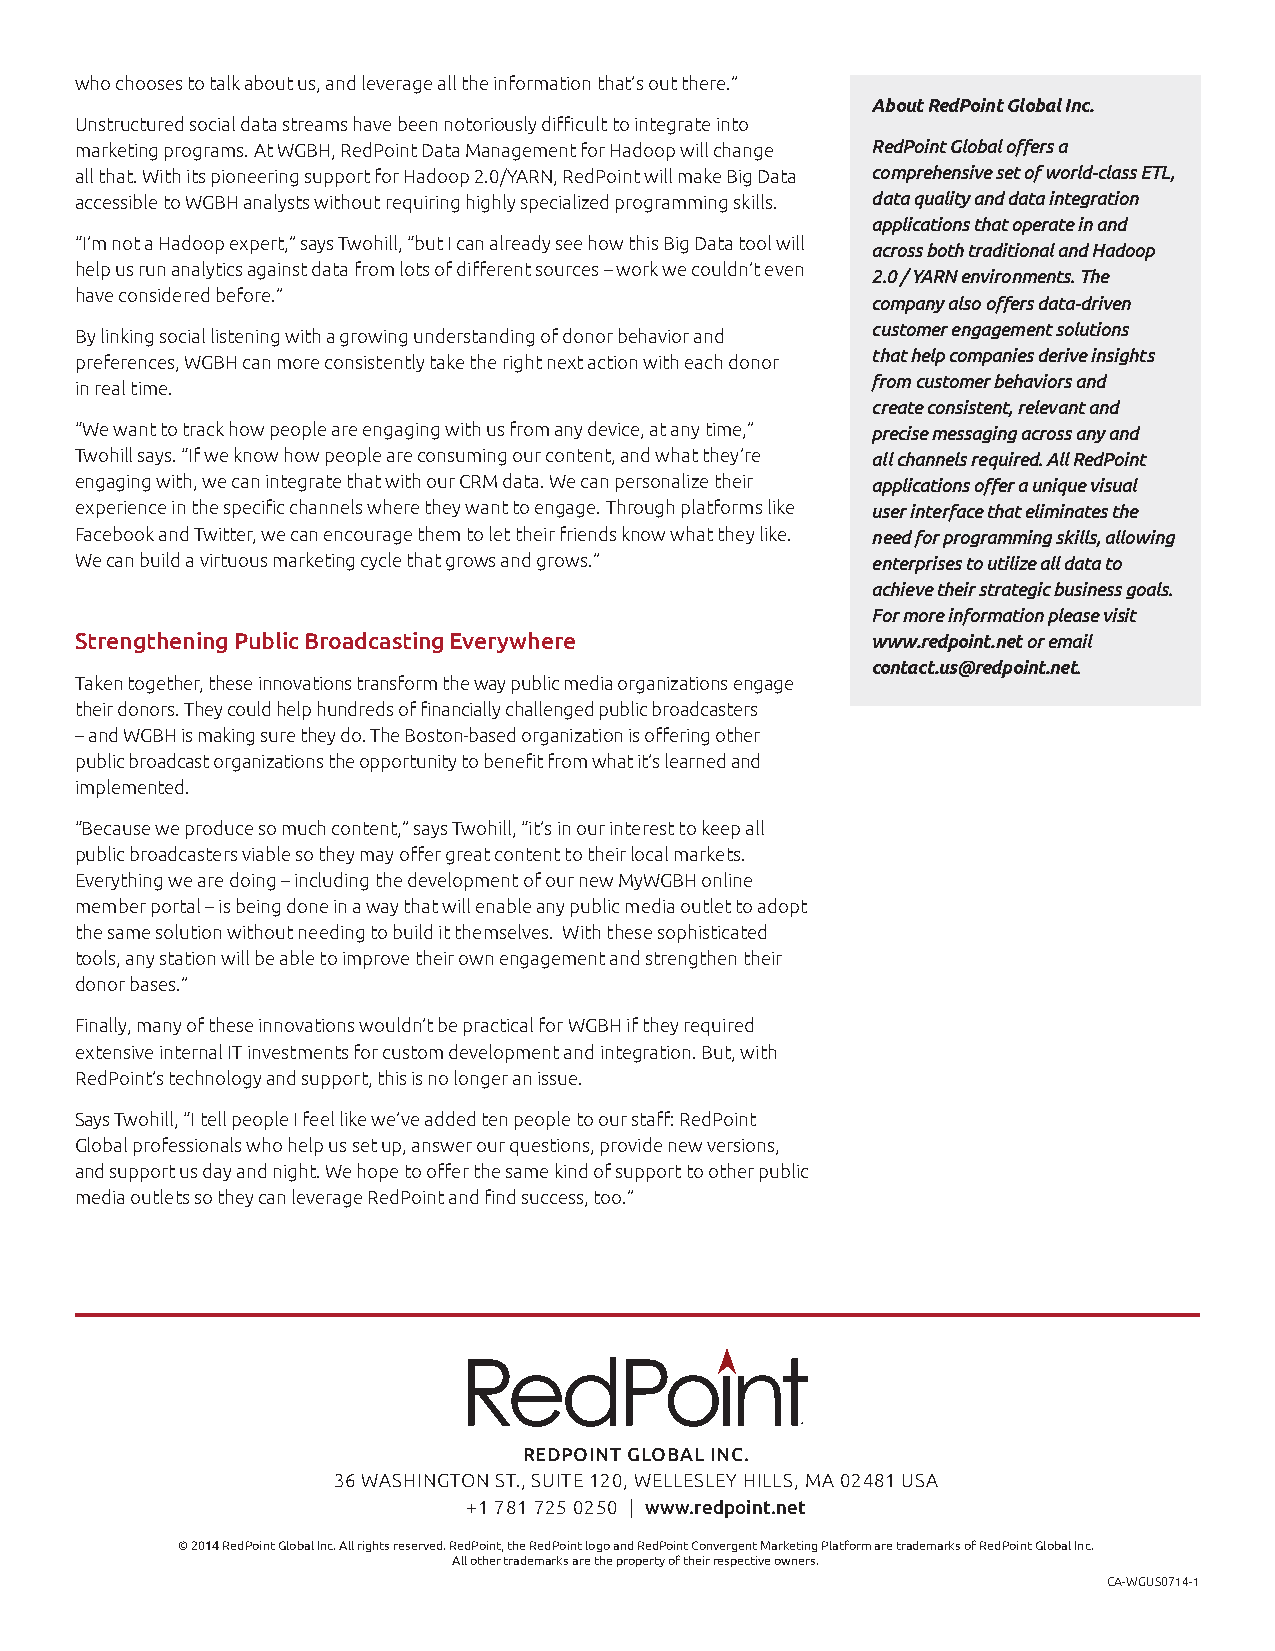
who chooses to talk about us, and leverage all the information that’s out there.”
 About RedPoint Global Inc.
 Unstructured social data streams have been notoriously difficult to integrate into
 marketing programs. At WGBH, RedPoint Data Management for Hadoop will change RedPoint Global offers a
 all that. With its pioneering support for Hadoop 2.0/YARN, RedPoint will make Big Data comprehensive set of world-class ETL,
 accessible to WGBH analysts without requiring highly specialized programming skills. data quality and data integration
 applications that operate in and
 “I’m not a Hadoop expert,” says Twohill, “but I can already see how this Big Data tool will
 across both traditional and Hadoop
 help us run analytics against data from lots of different sources – work we couldn’t even
 2.0 / YARN environments. The
 have considered before.”
 company also offers data-driven
 customer engagement solutions
 By linking social listening with a growing understanding of donor behavior and
 that help companies derive insights
 preferences, WGBH can more consistently take the right next action with each donor
 from customer behaviors and
 in real time.
 create consistent, relevant and
 “We want to track how people are engaging with us from any device, at any time,” precise messaging across any and
 Twohill says. “If we know how people are consuming our content, and what they’re all channels required. All RedPoint
 engaging with, we can integrate that with our CRM data. We can personalize their applications offer a unique visual
 experience in the specific channels where they want to engage. Through platforms like user interface that eliminates the
 Facebook and Twitter, we can encourage them to let their friends know what they like. need for programming skills, allowing
 We can build a virtuous marketing cycle that grows and grows.” enterprises to utilize all data to
 achieve their strategic business goals.
 For more information please visit
 Strengthening Public Broadcasting Everywhere         www.redpoint.net or email
 contact.us@redpoint.net.
 Taken together, these innovations transform the way public media organizations engage
 their donors. They could help hundreds of financially challenged public broadcasters
 – and WGBH is making sure they do. The Boston-based organization is offering other
 public broadcast organizations the opportunity to benefit from what it’s learned and
 implemented.
 “Because we produce so much content,” says Twohill, “it’s in our interest to keep all
 public broadcasters viable so they may offer great content to their local markets.
 Everything we are doing – including the development of our new MyWGBH online
 member portal – is being done in a way that will enable any public media outlet to adopt
 the same solution without needing to build it themselves. With these sophisticated
 tools, any station will be able to improve their own engagement and strengthen their
 donor bases.”
 Finally, many of these innovations wouldn’t be practical for WGBH if they required
 extensive internal IT investments for custom development and integration. But, with
 RedPoint’s technology and support, this is no longer an issue.
 Says Twohill, “I tell people I feel like we’ve added ten people to our staff: RedPoint
 Global professionals who help us set up, answer our questions, provide new versions,
 and support us day and night. We hope to offer the same kind of support to other public
 media outlets so they can leverage RedPoint and find success, too.”
 REDPOINT GLOBAL INC.
 36 WASHINGTON ST., SUITE 120, WELLESLEY HILLS, MA 02481 USA
 +1 781 725 0250 | www.redpoint.net
 © 2014 RedPoint Global Inc. All rights reserved. RedPoint, the RedPoint logo and RedPoint Convergent Marketing Platform are trademarks of RedPoint Global Inc.
 All other trademarks are the property of their respective owners.
 CA-WGUS0714-1